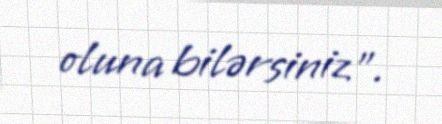
oluna bilərsiniz".